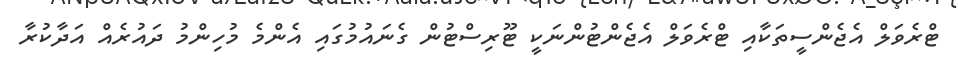
ޓްރެވަލް އެޖެންސީތަކާއި ޓްރެވަލް އެޖެންޓުންނަކީ ޓޫރިސްޓުން ގެނައުމުގައި އެންމެ މުހިންމު ދައުރެއް އަދާކުރާ